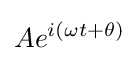
Ae^{i(\omega t+\theta )}